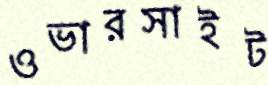
ওভারসাইট